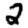
Digit: 2